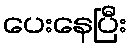
ပေးနေပြီး